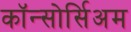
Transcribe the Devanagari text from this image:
कॉन्सोर्सिअम